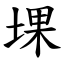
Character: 堁